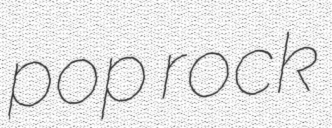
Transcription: pop rock